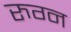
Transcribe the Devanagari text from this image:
रुग्न